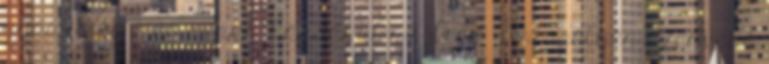
gyászolta meg senki. Ráadásul az Iron Fist mélyén szenvedő